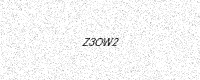
Text: Z3OW2